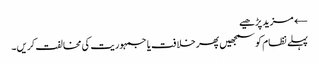
← مزید پڑھیے
پہلے نظام کو سمجھیں پھر خلافت یا جمہوریت کی مخالفت کریں۔